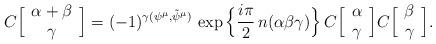
LaTeX: \begin{align*}C\Big[ \begin{array}{c}\alpha + \beta \cr \gamma \end{array} \Big] = (-1)^{ \gamma(\psi^{\mu},\tilde{\psi}^{\mu}) } \,\exp\Big\{ {i\pi \over 2 }\, n(\alpha \beta \gamma) \Big\} \, C\Big[ \begin{array}{c}\alpha \cr \gamma \end{array} \Big] C\Big[ \begin{array}{c} \beta \cr \gamma \end{array} \Big] .\end{align*}